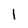
Character: 1